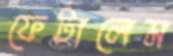
ফেটালেম